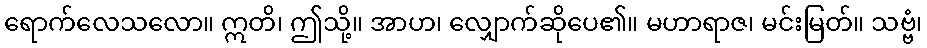
ရောက်လေသလော။ ဣတိ၊ ဤသို့။ အာဟ၊ လျှောက်ဆိုပေ၏။ မဟာရာဇ၊ မင်းမြတ်။ သဗ္ဗံ၊